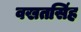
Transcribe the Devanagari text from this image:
वखतसिंह